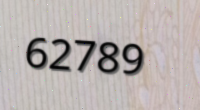
62789